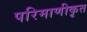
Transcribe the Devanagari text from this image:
परिमाणीकृत